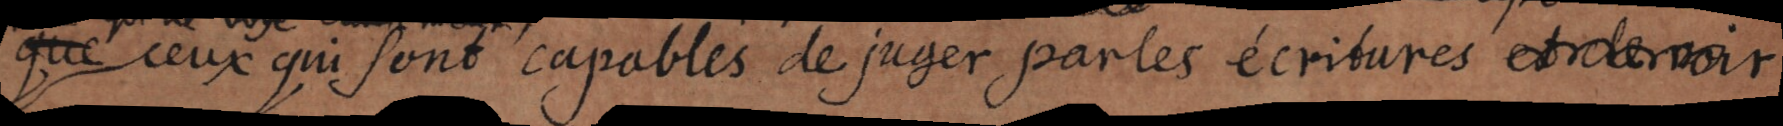
que ceux qui sont capables de juger par les écritures et de voir